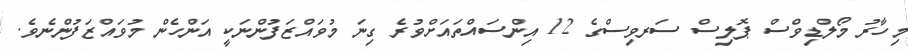
މިހާރު މޯލްޑިވްސް ޕޮލިސް ސަރވިސްގެ 12 އިންސައްތައަށްވުރެ ގިނަ މުވައްޒަފުންނަކީ އަންހެން މުވައްޒަފުންނެވެ.